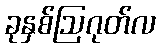
ခုနှစ်ဩဂုတ်လ